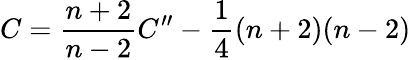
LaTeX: C=\frac{n+2}{n-2}C^{\prime\prime}-\frac{1}{4}(n+2)(n-2)